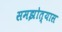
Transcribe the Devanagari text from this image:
समझोत्यास